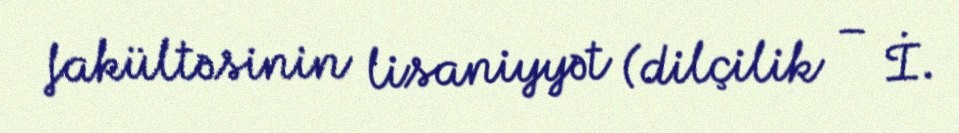
fakültəsinin lisaniyyət (dilçilik – İ.